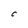
Character: C